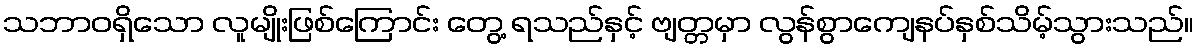
သဘာဝရှိသော လူမျိုးဖြစ်ကြောင်း တွေ့ ရသည်နှင့် ဗျတ္တမှာ လွန်စွာကျေနပ်နှစ်သိမ့်သွားသည်။